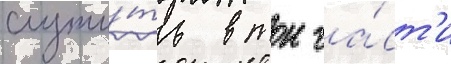
служи́ть в тои ча́ст'и